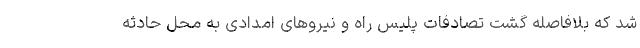
شد که بلافاصله گشت تصادفات پلیس راه و نیروهای امدادی به محل حادثه